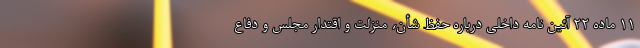
۱۱ ماده ۲۲ آئین نامه داخلی درباره حفظ شأن، منزلت و اقتدار مجلس و دفاع